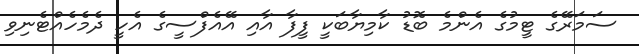
ސަމަރޭގެ ޓީމުގެ އެންމެ ބޮޑު ކާމިޔާބަކީ ފީފާ އާއި އޭއެފްސީގެ އެހީ ދެމެހެއްޓެނިވި